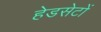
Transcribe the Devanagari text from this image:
हेडसेटों